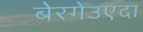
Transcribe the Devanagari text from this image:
बेरगेउएदा